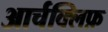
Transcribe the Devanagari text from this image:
आर्चक्लिफ़